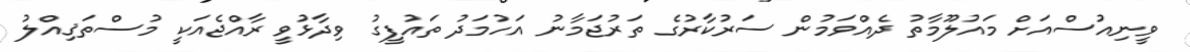
ވީނިއުސްއަށް މައުލޫމާތު ދެއްވަމުން ސަރުކާރުގެ ތަރުޖަމާނު އަހުމަދު ތައުފީގު ވިދާޅުވީ ރާއްޖެއަކީ މުސްތަޤިއްލު